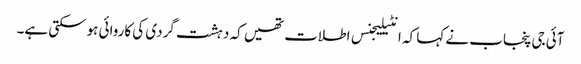
آئی جی پنجاب نے کہا کہ انٹیلیجنس اطلات تھیں کہ دہشت گردی کی کاروائی ہوسکتی ہے۔